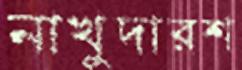
নাখুদারশ